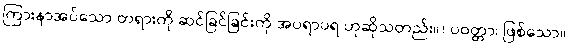
ကြားနာအပ်သော တရားကို ဆင်ခြင်ခြင်းကို အပရာပရ ဟုဆိုသတည်း။) ပဝတ္တာ၊ ဖြစ်သော။